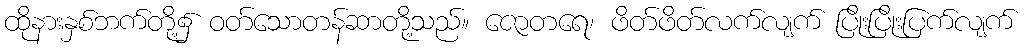
ထိုနားနှစ်ဘက်တို့၌ ဝတ်သောတန်ဆာတို့သည်။ ဇောတရေ၊ ဖိတ်ဖိတ်လက်လျက် ပြိုးပြိုးပြက်လျက်